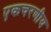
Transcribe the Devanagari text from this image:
एकचरणीय